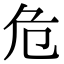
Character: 危